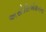
અસોસિએશનના